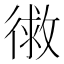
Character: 𭛾